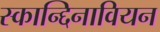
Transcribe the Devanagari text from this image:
स्कान्द्दिनावियन